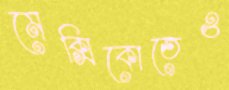
মেক্সিকোতেও